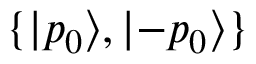
\{ | p _ { 0 } \rangle , | { - p _ { 0 } } \rangle \}